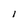
Character: l